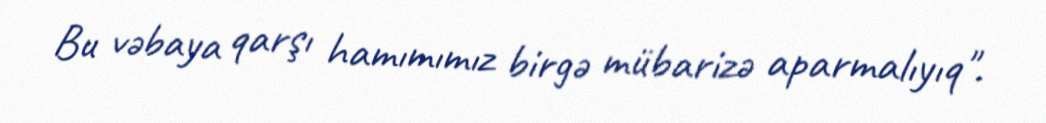
Bu vəbaya qarşı hamımımız birgə mübarizə aparmalıyıq".